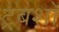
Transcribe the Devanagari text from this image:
ट्रबशॉ